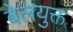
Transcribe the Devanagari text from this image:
बेलयुक्त